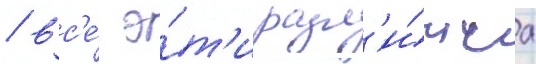
/ вс'е́ э́т'и разл'и́чиа